Veterinary [1916] -
Year: 1916
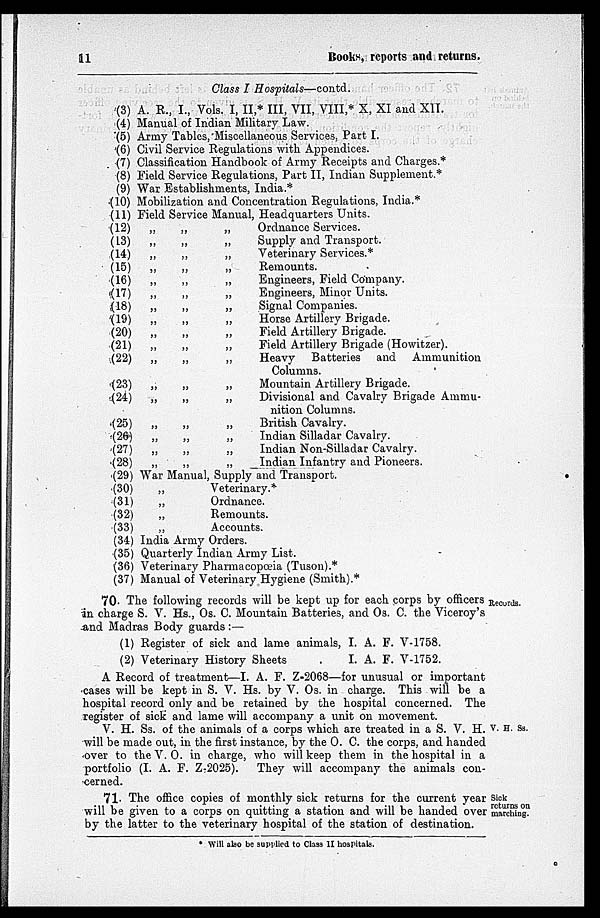
11
Books, reports and returns.
Class I Hospitals—contd.
(3)
(4)
(5)
(6)
(7)
(8)
(9)
(10)
(11)
(12)
(13)
(14)
(15)
(16)
(17)
(18)
(19)
(20)
(21)
(22)
(23)
(24)
(25)
(26)
(27)
(28)
(29)
(30)
(31)
(32)
(33)
(34)
(35)
(36)
(37)
A. R., I., Vols. I, II,* III, VII, VIII,* X, XI and XII.
Manual of Indian Military Law.
Army Tables, Miscellaneous Services, Part I.
Civil Service Regulations with Appendices.
Classification Handbook of Army Receipts and Charges.*
Field Service Regulations, Part II, Indian Supplement.*
War Establishments, India.*
Mobilization and Concentration Regulations, India.*
Field Service Manual, Headquarters Units.
„
„
„
Ordnance Services.
„
„
„
Supply and Transport.
„
„
„
Veterinary Services.*
„
„
„
Remounts.
„
„
„
Engineers, Field Company.
„
„
„
Engineers, Minor Units.
„
„
„
Signal Companies.
„
„
„
Horse Artillery Brigade.
„
„
„
Field Artillery Brigade.
„
„
„
Field Artillery Brigade (Howitzer).
„
„
„
Heavy
Batteries and
Ammunition
Columns.
„
„
„
Mountain Artillery Brigade.
„
„
„
Divisional and Cavalry Brigade Ammu-
nition Columns.
„
„
„
British Cavalry.
„
„
„
Indian Silladar Cavalry.
„
„
„
Indian Non-Silladar Cavalry.
„
„
„
Indian Infantry and Pioneers.
War Manual, Supply and Transport.
„
Veterinary.*
„
Ordnance.
„
Remounts.
„
Accounts.
India Army Orders.
Quarterly Indian Army List.
Veterinary Pharmacopœia (Tuson).*
Manual of Veterinary Hygiene (Smith).*
Records.
70. The following records will be kept up for each corps by officers
in charge S. V. Hs., Os. C. Mountain Batteries, and Os. C. the Viceroy's
and Madras Body guards:—
(1) Register of sick and lame animals, I. A. F. V-1758.
(2) Veterinary History Sheets
.
I. A. F. V-1752.
A Record of treatment—I. A. F. Z-2068—for unusual or important
cases will be kept in S. V. Hs. by V. Os. in charge. This will be a
hospital record only and be retained by the hospital concerned. The
register of sick and lame will accompany a unit on movement.
V. H. Ss.
V. H. Ss. of the animals of a corps which are treated in a S. V. H.
will be made out, in the first instance, by the O. C. the corps, and handed
over to the V. O. in charge, who will keep them in the hospital in a
portfolio (I. A. F. Z-2025). They will accompany the animals con-
cerned.
Sick
returns on
marching.
71. The office copies of monthly sick returns for the current year
will be given to a corps on quitting a station and will be handed over
by the latter to the veterinary hospital of the station of destination.
* Will also be supplied to Class II hospitals.